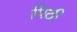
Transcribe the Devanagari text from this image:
पिछी